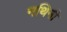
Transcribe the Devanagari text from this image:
नथिनी